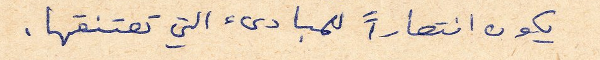
يكون انتصاراً للمبادىء التي تعتنقها.